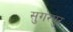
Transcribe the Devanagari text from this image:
सुगंरपुर